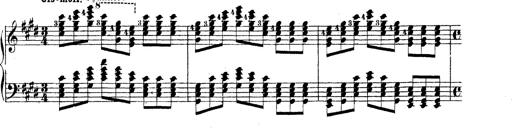
Title: Technische Studien
Composer: Franz Liszt